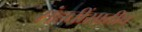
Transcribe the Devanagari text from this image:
संहतींसाठीच